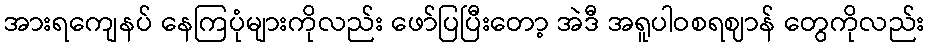
အားရကျေနပ် နေကြပုံများကိုလည်း ဖော်ပြပြီးတော့ အဲဒီ အရူပါဝစရဈာန် တွေကိုလည်း